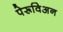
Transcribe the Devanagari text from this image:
पेरूविअन